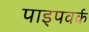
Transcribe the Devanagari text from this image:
पाइपवर्क